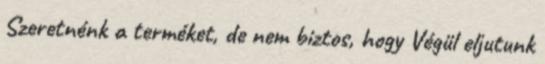
Szeretnénk a terméket, de nem biztos, hogy Végül eljutunk